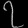
Digit: ၇